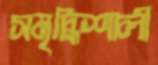
সমৃদ্ধিশালী